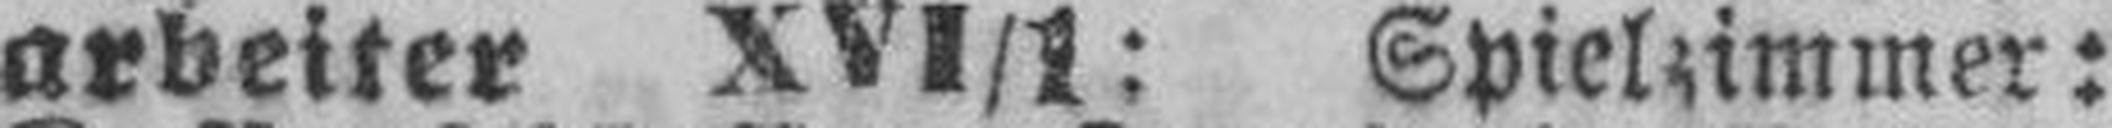
arbeiter XVI/1: Spielzimmer: